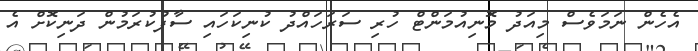
އެހެން ނަމަވެސް މިއަދު މޮނިއުމަންޓް ހުރި ސަރަހައްދު ކުނިކަހައި ސާފުކުރަމުން ދަނިކޮށް އެ